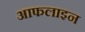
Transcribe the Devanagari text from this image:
आफलाइन